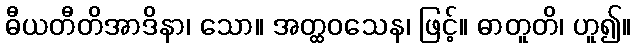
ဓီယတီတိအာဒိနာ၊ သော။ အတ္ထဝသေန၊ ဖြင့်။ ဓာတူတိ၊ ဟူ၍။